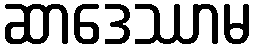
ဆာဒေဿာမ